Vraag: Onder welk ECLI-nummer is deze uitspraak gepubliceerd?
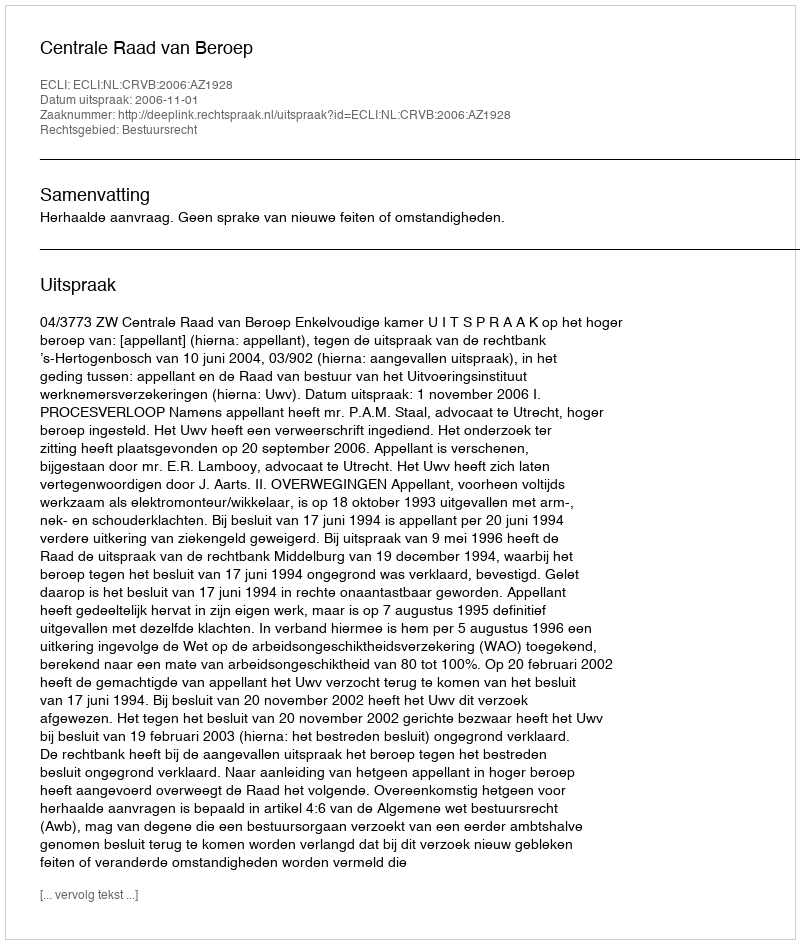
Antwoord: ECLI:NL:CRVB:2006:AZ1928